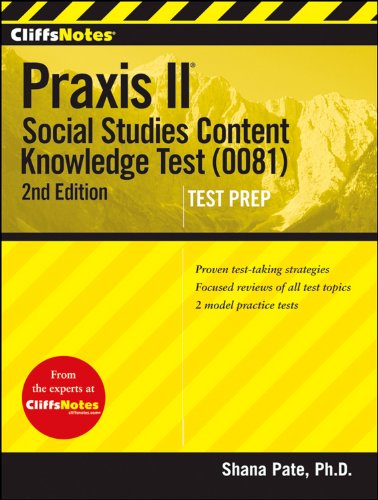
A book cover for CliffsNotes Praxis II: Social Studies Content Knowledge (0081), 2nd Edition; Shana Pate; Test Preparation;